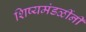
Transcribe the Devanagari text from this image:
शिष्यमंडळींनी